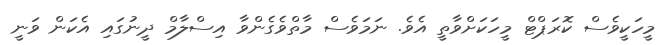
މީހަކީވެސް ކޮރަޕްޓް މީހަކަށްވާތީ އެވެ. ނަމަވެސް މާތްވެގެންވާ އިސްލާމް ދީނުގައި އެކަން ވަނީ